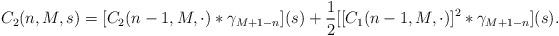
LaTeX: \begin{align*}C_{2}(n,M,s)=[C_{2}(n-1,M,\cdot)\ast\gamma_{M+1-n}](s)+\frac{1}{2}[[C_{1}(n-1,M,\cdot)]^{2}\ast\gamma_{M+1-n}](s).\end{align*}